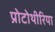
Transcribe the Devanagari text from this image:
प्रोटोथीरिया